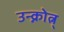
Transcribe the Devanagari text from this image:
उन्क्नोत्न्